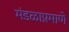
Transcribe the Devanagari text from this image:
मंडळाप्रमाणे